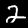
Label: 2